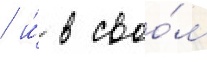
/ и́ в своо́м